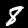
Label: 8